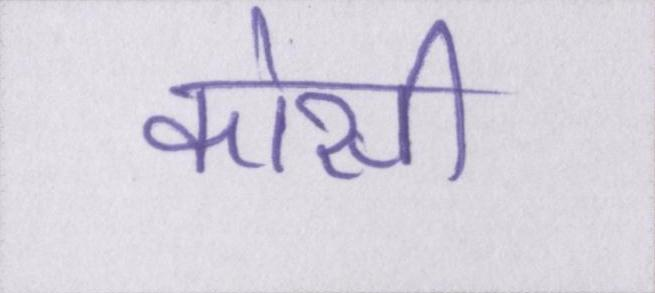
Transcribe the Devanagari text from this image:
कोसी